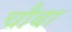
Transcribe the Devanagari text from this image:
चौबा